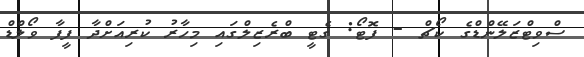
ސްވިޓްޒަލޭންޑްގެ ކޯޗް - ފޮޓޯ: ގެޓީ ބްރެޒިލްގައި މިހާރު ކުރިއަށްދާ ފީފާ ވޯލްޑް